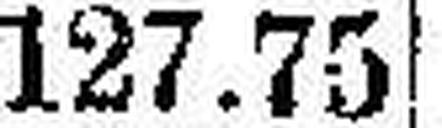
127.75